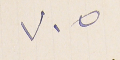
٧٠٥